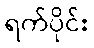
ရက်ပိုင်း